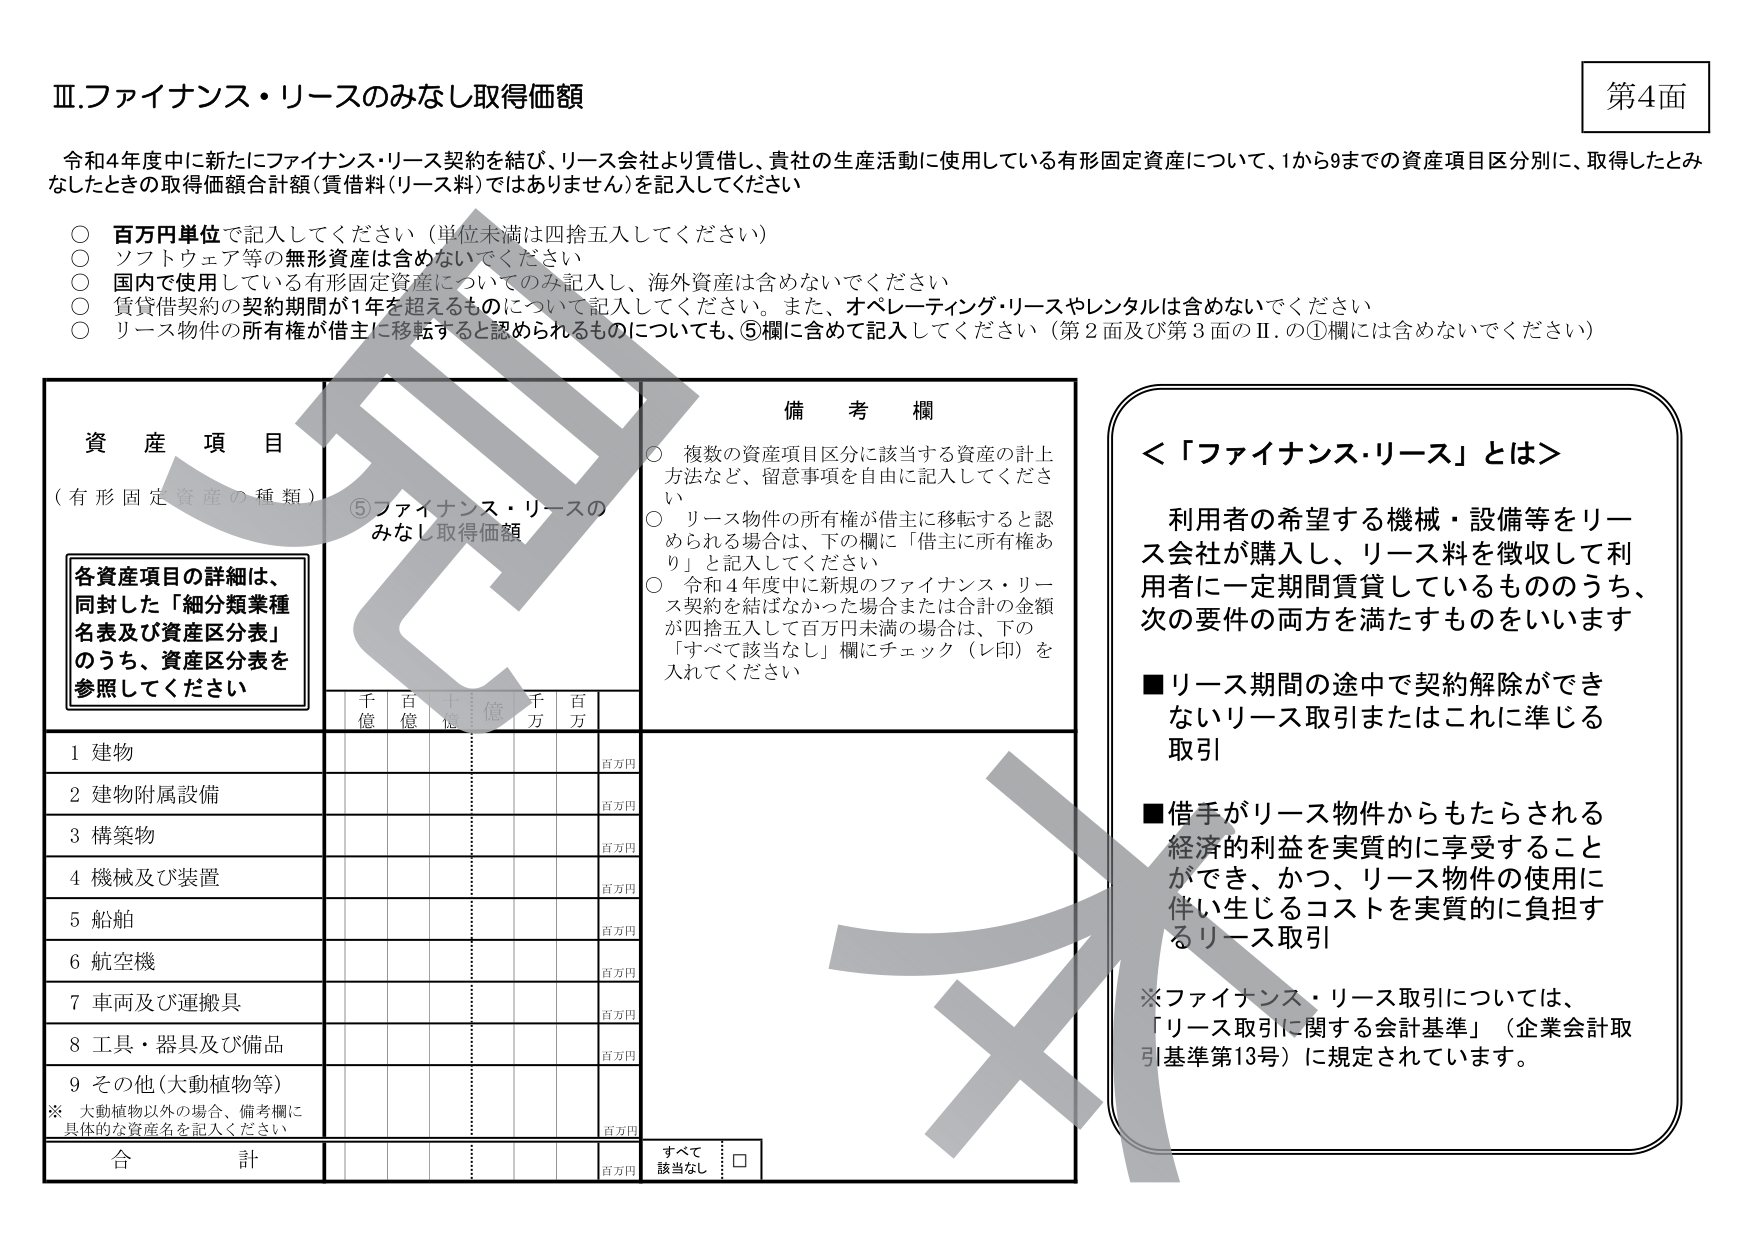
Ⅲ.ファイナンス・リースのみなし取得価額

令和4年度中に新たにファイナンス・リース契約を結び、リース会社より借越し、貴社の生産活動に使用している有形固定資産について、1から9までの資産項目区分別に、取得したとみなしたときの取得価額合計額（賃借料（リース料）ではありません）を記入してください

○ 百万円単位で記入してください（単位未満は四捨五入してください）
○ ソフトウェア等の無形資産は含めないでください
○ 国内で使用している有形固定資産についてのみ記入し、海外資産は含めないでください
○ 賃貸借契約の契約期間が1年を超えるものについて記入してください。また、オペレーティング・リースやレンタルは含めないでください
○ リース物件の所有権が借主に移転すると認められるものについても、⑤欄に含めて記入してください（第2面及び第3面のⅡ.の①欄には含めないでください）

資産項目
（有形固定資産の種類）

各資産項目の詳細は、
同封した「細分類業種
名表及び資産区分表」
のうち、資産区分表を
参照してください

⑤ファイナンス・リースの
みなし取得価額

備考欄

○ 複数の資産項目区分に該当する資産の計上方法など、留意事項を自由に記入してください
○ リース物件の所有権が借主に移転すると認められる場合は、下の欄に「借主に所有権あり」と記入してください
○ 令和4年度中に新規のファイナンス・リース契約を結ばなかった場合または合計の金額が四捨五入して百万円未満の場合は、下の「すべて該当なし」欄にチェック（レ印）を入れてください

千億 百億 十億 億 千万 百万

1 建物
2 建物附属設備
3 構築物
4 機械及び装置
5 船舶
6 航空機
7 車両及び運搬具
8 工具・器具及び備品
9 その他（大動植物等）
※ 大動植物以外の場合、備考欄に具体的な資産名を記入ください

合計

百万円
百万円
百万円
百万円
百万円
百万円
百万円
百万円
百万円
百万円

すべて
該当なし □

＜「ファイナンス・リース」とは＞

利用者の希望する機械・設備等をリース会社が購入し、リース料を徴収して利用者に一定期間賃貸しているもののうち、次の要件の両方を満たすものをいいます

■ リース期間の途中で契約解除ができないリース取引またはこれに準じる取引
■ 借手がリース物件からもたらされる経済的利益を実質的に享受することができ、かつ、リース物件の使用に伴い生じるコストを実質的に負担するリース取引

※ファイナンス・リース取引については、「リース取引に関する会計基準」（企業会計取引基準第13号）に規定されています。

第4面